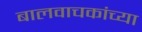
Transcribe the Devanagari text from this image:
बालवाचकांच्या